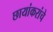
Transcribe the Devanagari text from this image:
छायांकरांचे